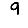
Digit: 9